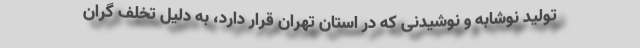
تولید نوشابه و نوشیدنی که در استان تهران قرار دارد، به دلیل تخلف گران